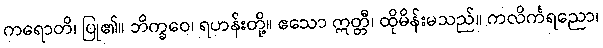
ကရောတိ၊ ပြု၏။ ဘိက္ခဝေ၊ ရဟန်းတို့။ ဧသော ဣတ္တီ၊ ထိုမိန်းမသည်။ ကလိင်္ကရညော၊